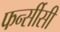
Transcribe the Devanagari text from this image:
फर्न्सीसी